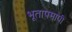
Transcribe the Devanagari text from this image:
भूतापमापी